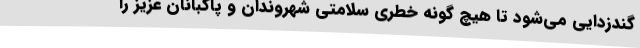
گندزدایی می‌شود تا هیچ گونه خطری سلامتی شهروندان و پاکبانان عزیز را